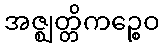
အဇ္ဈတ္တိကဉ္စေဝ